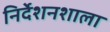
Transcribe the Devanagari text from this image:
निर्देशनशाला